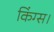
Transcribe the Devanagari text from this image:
किंग्स।